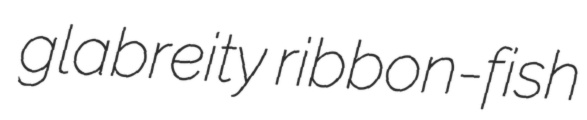
glabreity ribbon-fish